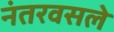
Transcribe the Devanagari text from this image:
नंतरवसले